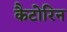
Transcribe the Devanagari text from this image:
कैटोरिन